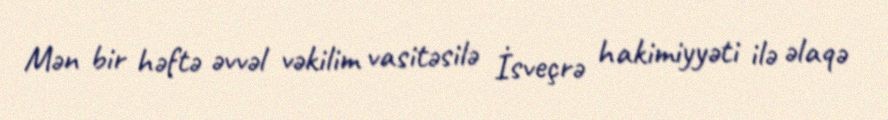
Mən bir həftə əvvəl vəkilim vasitəsilə İsveçrə hakimiyyəti ilə əlaqə